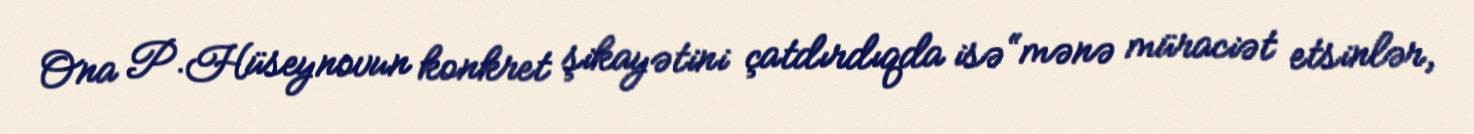
Ona P.Hüseynovun konkret şikayətini çatdırdıqda isə “mənə müraciət etsinlər,